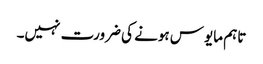
تاہم مایوس ہونے کی ضرورت نہیں۔